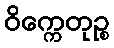
ဝိက္ကေတုဉ္စ